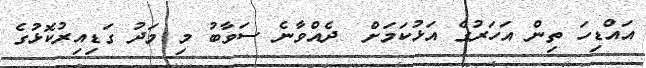
އައްޑިހަ ތިން އަހަރުގެ އަޅުކަމަށް  ދެއްވާނެ ސަވާބު މި މަދު ގަޑިއިރުކޮޅުގެ